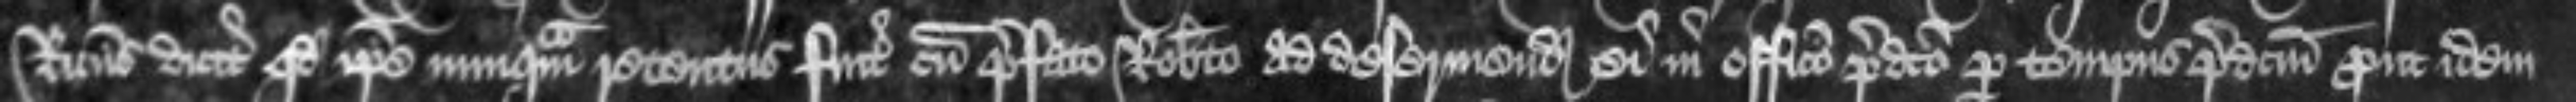
Ricardus dicit quod ipse nunquam retentus fuit cum prefato Roberto ad deserviendum ei in officio predicto per tempus predictum prout idem